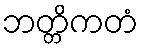
ဘတ္တိကတံ